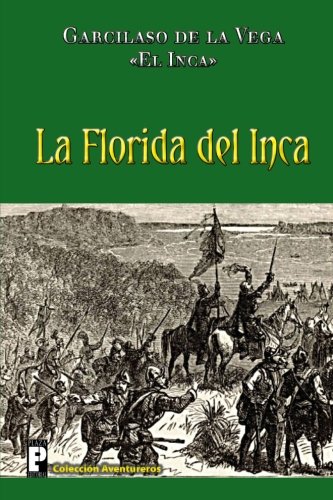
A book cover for La Florida del Inca (Spanish Edition); Garcilaso de la Vega Inca; History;